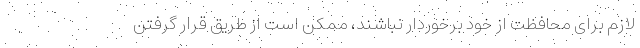
لازم برای محافظت از خود برخوردار نباشند، ممکن است از طریق قرار گرفتن